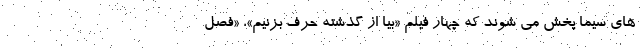
های سیما پخش می شوند که چهار فیلم «بیا از گذشته حرف بزنیم»، «فصل